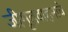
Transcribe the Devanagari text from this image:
जीमूतवाहनाचे